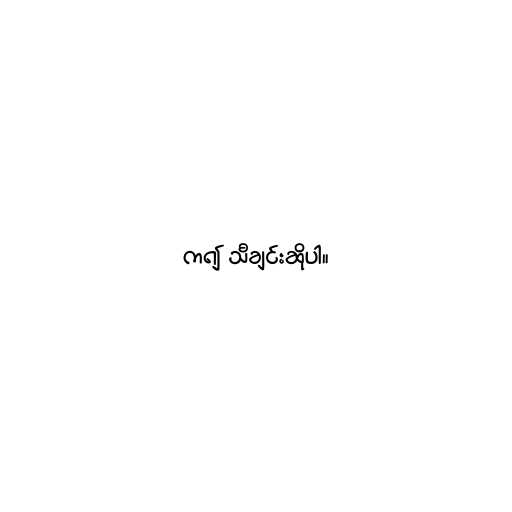
က၍ သီချင်းဆိုပါ။